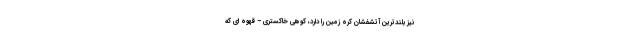
نیز بلندترین آتشفشان کره زمین را دارد، کوهی خاکستری – قهوه ای که